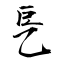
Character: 乬